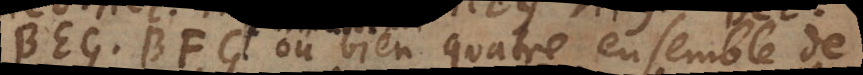
BEG, BFG, ou bien quatre ensemble de